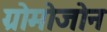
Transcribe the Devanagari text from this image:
ग्रोमोजोन